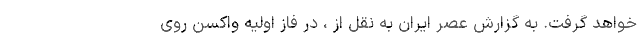
خواهد گرفت. به گزارش عصر ایران به نقل از ، در فاز اولیه واکسن روی